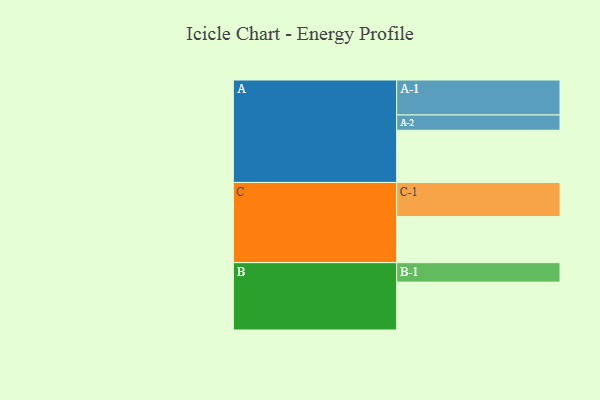
{"axis": {"x": "Segment", "y": "Value"}, "legend": ["", "A", "B", "C"], "data": [{"x": "A", "y": 376, "type": ""}, {"x": "B", "y": 345, "type": ""}, {"x": "C", "y": 332, "type": ""}, {"x": "A-1", "y": 252, "type": "A"}, {"x": "A-2", "y": 110, "type": "A"}, {"x": "B-1", "y": 140, "type": "B"}, {"x": "C-1", "y": 246, "type": "C"}]}